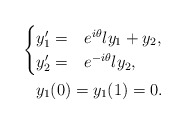
\begin{align*} \begin{cases} y_1' =& e^{i \theta} \l y_1 + y_2, \\ y_2' =& e^{-i \theta} \l y_2, \end{cases} \\ y_1(0) = y_1(1) = 0.\end{align*}